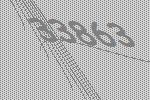
33863